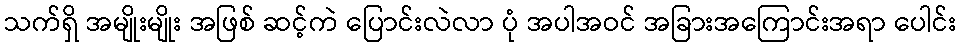
သက်ရှိ အမျိုးမျိုး အဖြစ် ဆင့်ကဲ ပြောင်းလဲလာ ပုံ အပါအဝင် အခြားအကြောင်းအရာ ပေါင်း